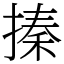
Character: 搸